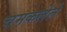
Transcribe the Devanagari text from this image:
चमकलेले